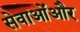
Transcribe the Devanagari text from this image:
सेवाओंऔर